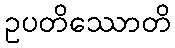
ဥပတိဿောတိ